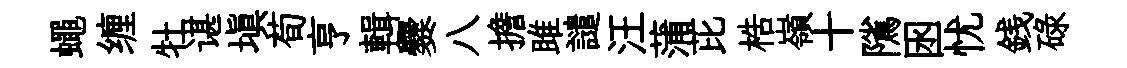
蠅缠牡谌塡荀亨輯爨八擔雎譴汪蒲芘梏嶺十隲囦忧銭碌